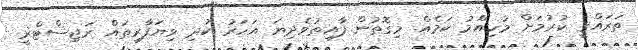
ތަރައްޤީ ކުރުމަށް މުހިއްމު ކަމެއް. މިގޮތުން ފާއިތުވެދިޔަ އަހަރު ކުދި ވިޔަފާރިތައް ރަޖިސްޓްރީ